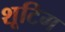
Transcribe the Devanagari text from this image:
शूटिग